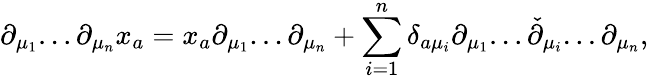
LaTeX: \partial_{\mu_{1}}...\partial_{\mu_{n}}x_{a}=x_{a}\partial_{\mu_{1}}...\partial_{\mu_{n}}+\sum_{i=1}^{n}\delta_{a\mu_{i}}\partial_{\mu_{1}}...\check{\partial}_{\mu_{i}}...\partial_{\mu_{n}},